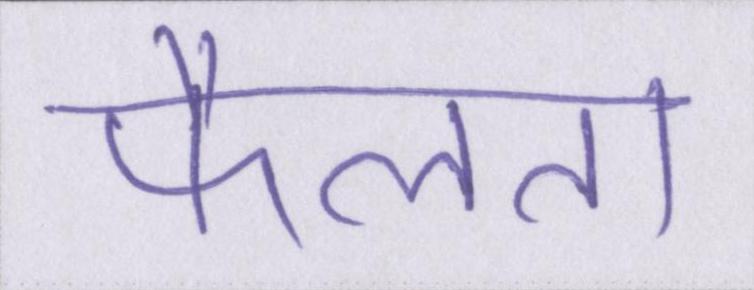
फैलता